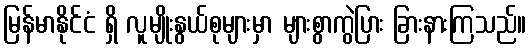
မြန်မာနိုင်ငံ ရှိ လူမျိုးနွယ်စုများမှာ များစွာကွဲပြား ခြားနားကြသည်။